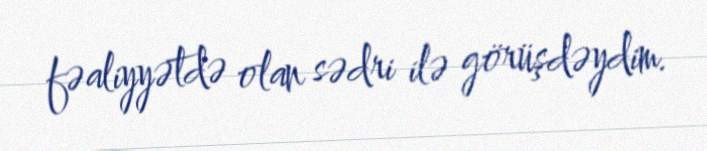
fəaliyyətdə olan sədri ilə görüşdəydim.